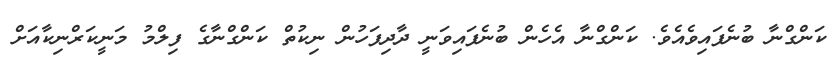
ކަންގްނާ ބުނެފައިވެއެވެ. ކަންގްނާ އެހެން ބުނެފައިވަނީ ދާދިފަހުން ނިކުތް ކަންގްނާގެ ފިލްމު މަނީކަރްނިކާއަށް